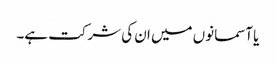
یا آسمانوں میں ان کی شرکت ہے۔